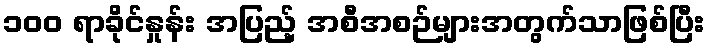
၁၀၀ ရာခိုင်နှုန်း အပြည့် အစီအစဉ်များအတွက်သာဖြစ်ပြီး